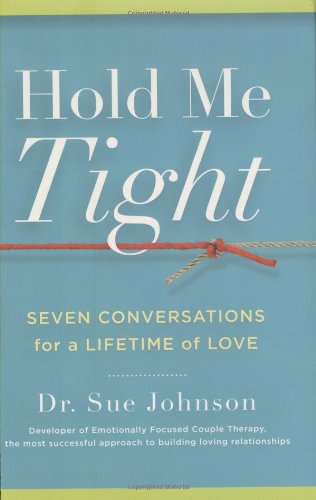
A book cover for Hold Me Tight: Seven Conversations for a Lifetime of Love; Sue Johnson; Parenting & Relationships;